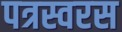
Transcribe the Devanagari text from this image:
पत्रस्वरस